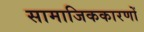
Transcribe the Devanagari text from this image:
सामाजिककारणों